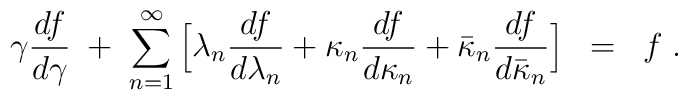
\gamma \frac{df}{d\gamma} \; + \; \sum_{n=1}^\infty\Big[ \lambda_n \frac{df}{d\lambda_n} +\kappa_n \frac{df}{d \kappa_n} + \bar{\kappa}_n\frac{df}{d \bar{\kappa}_n} \Big] \; \; = \; \; f \; .